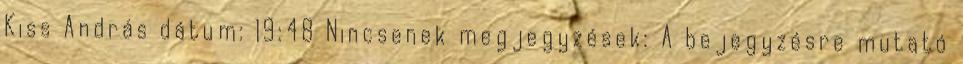
Kiss András dátum: 19:48 Nincsenek megjegyzések: A bejegyzésre mutató